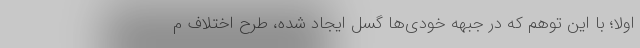
اولاً؛ با این توهم که در جبهه خودی‌ها گسل ایجاد شده، طرح اختلاف م